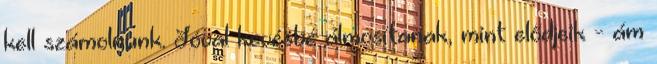
kell számolnunk. Jóval kevésbé álmosítanak, mint elődjeik - ám